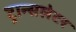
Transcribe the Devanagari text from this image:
ट्रान्सलेटर